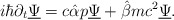
\begin{align*}i \hbar \partial_{t} \underline{\Psi} = c \hat{\alpha} p \underline{\Psi} + \hat{\beta} m c^{2} \underline{\Psi}.\end{align*}